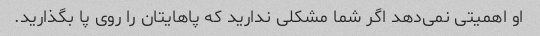
او اهمیتی نمی‌دهد اگر شما مشکلی ندارید که پاهایتان را روی پا بگذارید.